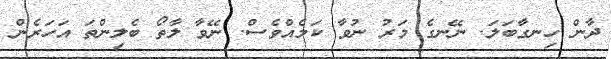
ދާން ހިނގާބަލަ. ނޭނގެ މަރު ނުވާ ކަމެއްވެސް. ނޭވާ ލާތޯ ބެލިންތަ އަހަރެން